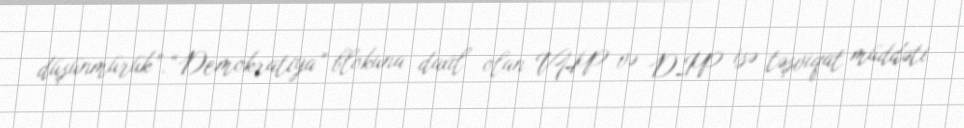
düşünmürük”.“Demokratiya” blokuna daxil olan VHP və DİP isə təşviqat müddəti